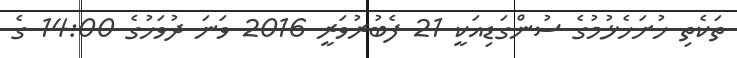
ތަކެތި ހުށަހެޅުމުގެ ސުންގަޑިއަކީ 21 ފެބުރުވަރީ 2016 ވަނަ ދުވަހުގެ 14:00 ގެ